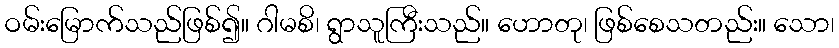
ဝမ်းမြောက်သည်ဖြစ်၍။ ဂါမစိ၊ ရွာသူကြီးသည်။ ဟောတု၊ ဖြစ်စေသတည်း။ သော၊